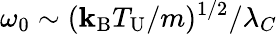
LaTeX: \omega_{0}\sim(\mathbf{k}_{\mathrm{{B}}}T_{\mathrm{{U}}}/m)^{1/2}/\lambda_{C}